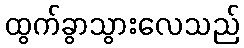
ထွက်ခွာသွားလေသည်